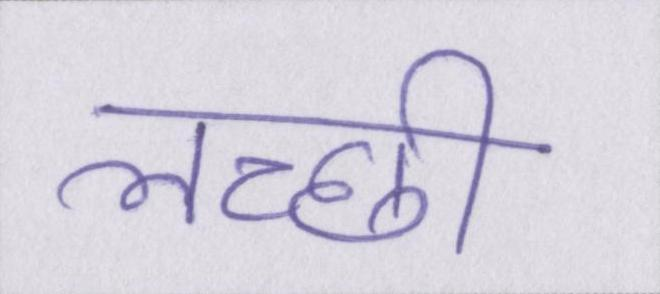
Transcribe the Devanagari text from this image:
लच्छी